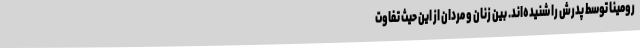
رومینا توسط پدرش را شنیده‌اند. بین زنان و مردان از این حیث تفاوت